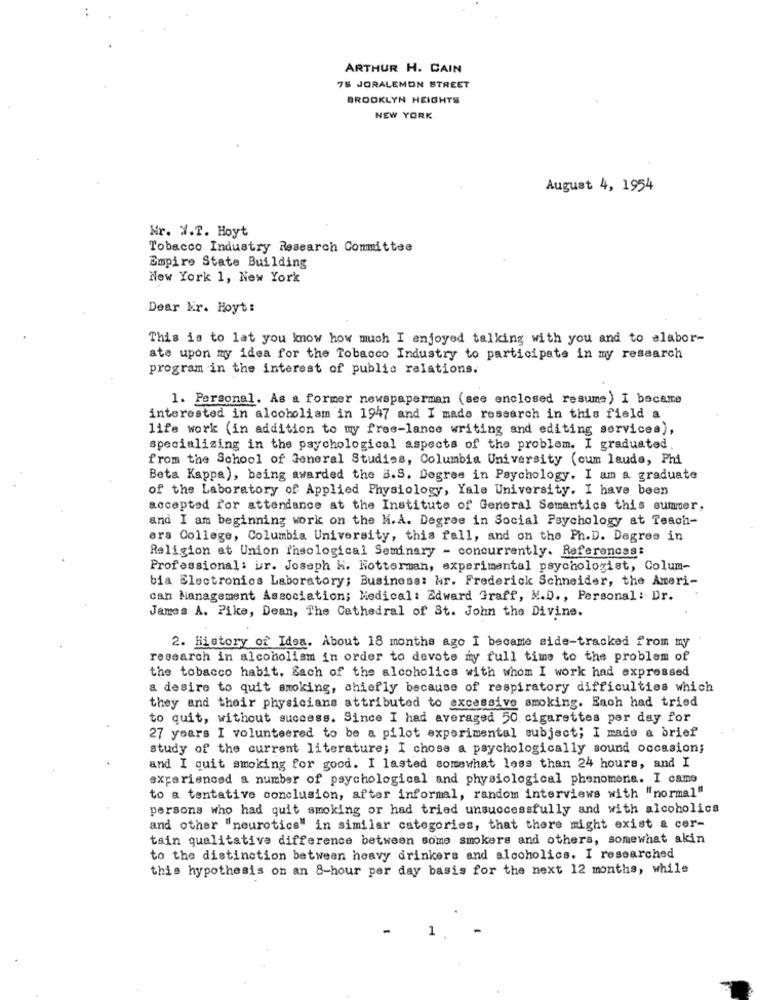
ARTHUR H. CAIN
75 JORALEMON STREET
BROOKLYN HEIGHTS
NEW YORK
August 4, 1954
Mr. W.T. Hoyt
Tobacco Industry Research Committee
Empire State Building
New York 1, New York
Dear Mr. Hoyt:
This is to lat you know how much I enjoyed talking with you and to alabor-
ate upon my idea for the Tobacco Industry to participate in my research
program in the interest of public relations.
1. Personal. As a former newspaperman (see enclosed resume ) I became
interested in alcoholism in 1947 and I made research in this field a
life work (in addition to my free-lance writing and editing services),
specializing in the psychological aspects of the problem. I graduated
from the School of General Studies, Columbia University (cum laude, Phi
Beta Kappa), being awarded the B.S. Degree in Psychology. I am a graduate
of the Laboratory of Applied Physiology, Yale University. I have been
accepted for attendance at the Institute of General Semantics this summer,
and I am beginning work on the M.A. Degree in Social Psychology at Teach-
era College, Columbia University, this fall, and on the Ph.D. Degree in
Religion at Union Theological Seminary - concurrently. References:
Professional: ur. Joseph H. Hotterman, experimental psychologist, Colum-
bia Electronics Laboratory; Business: hr. Frederick Schneider, the Ameri-
can Management Association; Medical: Edward Graff, M.D ., Personal : Dr.
James A. Pike, Dean, The Cathedral of St. John the Divine.
2. History of Idea. About 18 months ago I became side-tracked from my
research in alcoholism in order to devote my full time to the problem of
the tobacco habit. Sach of the alcoholics with whom I work had expressed
a desire to quit smoking, chiefly because of respiratory difficulties which
they and their physicians attributed to excessive smoking. Each had tried
to quit, without success. Since I had averaged 50. cigarettes per day for
27 years I volunteered to be a pilot experimental subject; I made a brief
study of the current literature; I chose a psychologically sound occasion;
and I quit smoking for good. I lasted somewhat less than 24 hours, and I
experienced a number of psychological and physiological phenomena. I came
to a tentative conclusion, after informal, random interviews with "normal"
persons who had quit smoking or had tried unsuccessfully and with alcoholics
and other "neurotics" in similar categories, that there might exist & cer-
tain qualitative difference between some smokers and others, somewhat akin
to the distinction between heavy drinkers and alcoholics. I researched
this hypothesis on an 8-hour per day basis for the next 12 months, while
1